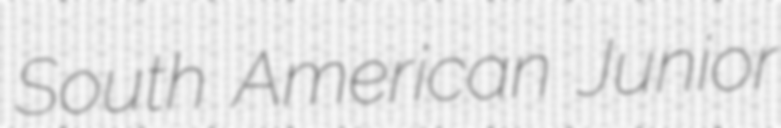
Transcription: South American Junior